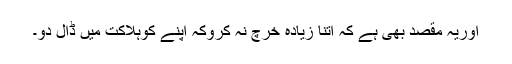
اوريہ مقصد بھى ہے کہ اتنا زيادہ خرچ نہ کروکہ اپنے کوہلاکت ميں ڈال دو۔